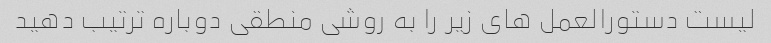
لیست دستورالعمل های زیر را به روشی منطقی دوباره ترتیب دهید